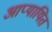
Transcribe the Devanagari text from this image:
आप्यायित